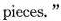
pieces. "